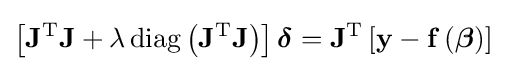
\left[\mathbf {J} ^{\mathrm {T} }\mathbf {J} +\lambda \operatorname {diag} \left(\mathbf {J} ^{\mathrm {T} }\mathbf {J} \right)\right]{\boldsymbol {\delta }}=\mathbf {J} ^{\mathrm {T} }\left[\mathbf {y} -\mathbf {f} \left({\boldsymbol {\beta }}\right)\right]